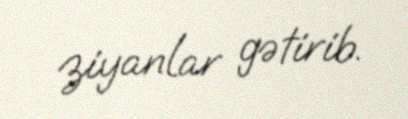
ziyanlar gətirib.